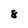
Character: 8